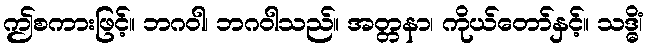
ဤစကားဖြင့်။ ဘဂဝါ၊ ဘဂဝါသည်။ အတ္တနာ၊ ကိုယ်တော်နှင့်။ သဒ္ဓိံ၊